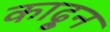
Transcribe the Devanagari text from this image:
काढू्न